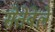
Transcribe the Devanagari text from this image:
सेतेबेले